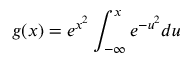
g ( x ) = e ^ { x ^ { 2 } } \int _ { - \infty } ^ { x } e ^ { - u ^ { 2 } } d u